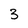
Character: 3